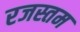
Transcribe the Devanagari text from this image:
रजस्तम